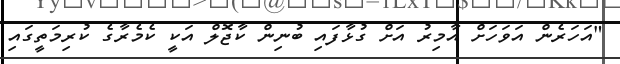
"އަހަރެން އަވަހަށް އާމިރު އަށް ގުޅާފައި ބުނިން ކާޖޮލް އަކީ ކެމެރާގެ ކުރިމަތީގައި